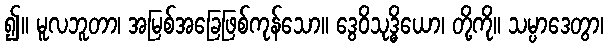
၍။ မူလဘူတာ၊ အမြစ်အခြေဖြစ်ကုန်သော။ ဒွေဝိသုဒ္ဓိယော၊ တို့ကို။ သမ္ပာဒေတွာ၊